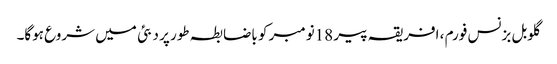
گلوبل بزنس فورم ، افریقہ پیر 18نومبر کو باضابطہ طور پر دبئی میں شروع ہوگا۔